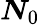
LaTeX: \boldsymbol{{N}}_{0}